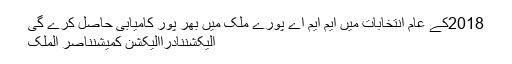
2018کے عام انتخابات میں ایم ایم اے پورے ملک میں بھر پور کامیابی حاصل کرے گی
الیکشننادراالیکشن کمیشنناصر الملک